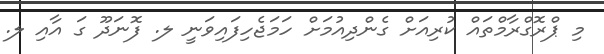
މި ޕްރޮގްރާމްތައް ކުރިއަށް ގެންދިއުމަށް ހަމަޖެހިފައިވަނީ ލ. ފޮނަދޫ ގަ އާއި ލ.